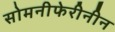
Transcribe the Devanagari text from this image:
सोमनीफेरीनीन